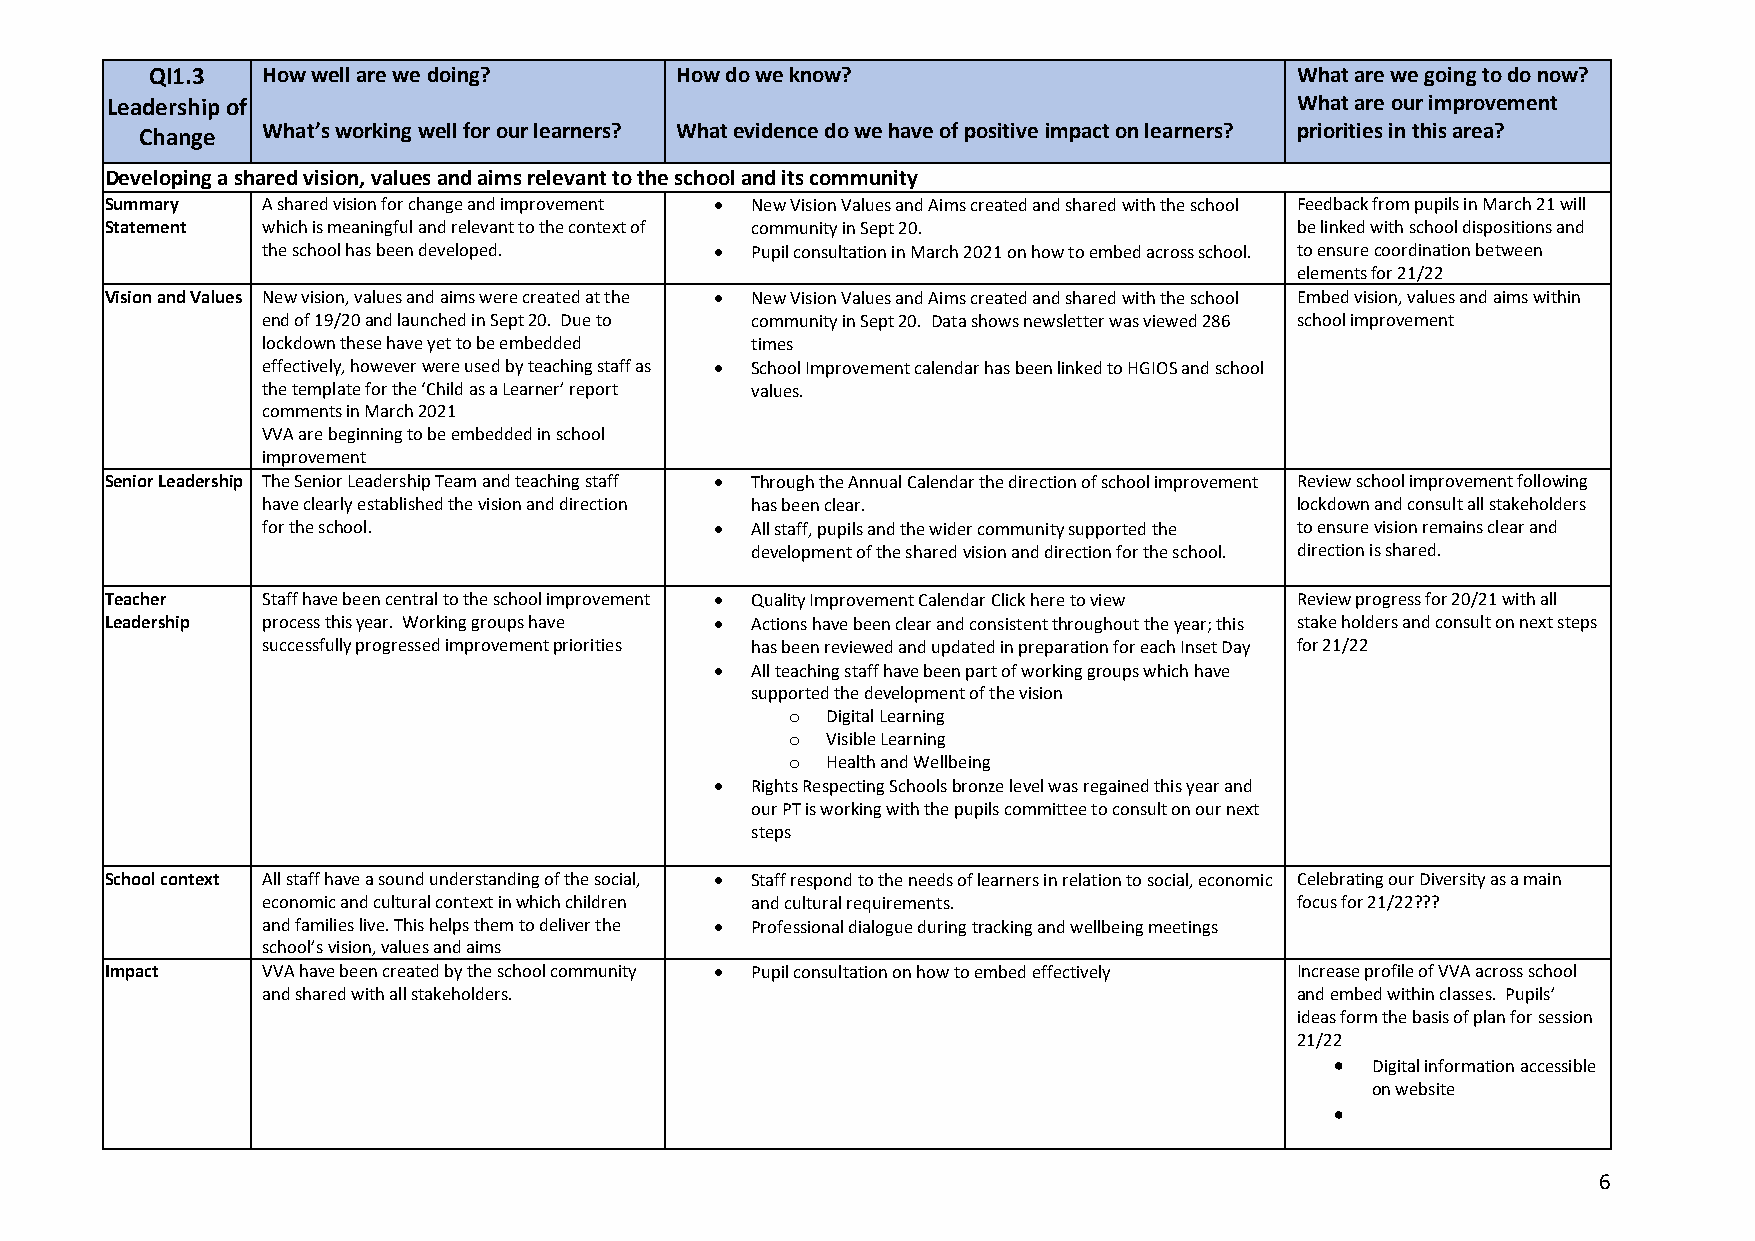
QI1.3  How well are we doing?      How do we know?                          What are we going to do now?
 Leadership of                                                                  What are our improvement
 Change  What’s working well for our learners? What evidence do we have of positive impact on learners? priorities in this area?
 Developing a shared vision, values and aims relevant to the school and its community
 Summary   A shared vision for change and improvement • New Vision Values and Aims created and shared with the school Feedback from pupils in March 21 will
 Statement which is meaningful and relevant to the context of community in Sept 20. be linked with school dispositions and
 the school has been developed. • Pupil consultation in March 2021 on how to embed across school. to ensure coordination between
 elements for 21/22
 Vision and Values New vision, values and aims were created at the • New Vision Values and Aims created and shared with the school Embed vision, values and aims within
 end of 19/20 and launched in Sept 20. Due to community in Sept 20. Data shows newsletter was viewed 286 school improvement
 lockdown these have yet to be embedded times
 effectively, however were used by teaching staff as • School Improvement calendar has been linked to HGIOS and school
 the template for the ‘Child as a Learner’ report values.
 comments in March 2021
 VVA are beginning to be embedded in school
 improvement
 Senior Leadership The Senior Leadership Team and teaching staff • Through the Annual Calendar the direction of school improvement Review school improvement following
 have clearly established the vision and direction has been clear.    lockdown and consult all stakeholders
 for the school.               •  All staff, pupils and the wider community supported the to ensure vision remains clear and
 development of the shared vision and direction for the school. direction is shared.
 Teacher   Staff have been central to the school improvement • Quality Improvement Calendar Click here to view Review progress for 20/21 with all
 Leadership process this year. Working groups have • Actions have been clear and consistent throughout the year; this stake holders and consult on next steps
 successfully progressed improvement priorities has been reviewed and updated in preparation for each Inset Day for 21/22
 •  All teaching staff have been part of working groups which have
 supported the development of the vision
 o  Digital Learning
 o  Visible Learning
 o  Health and Wellbeing
 •  Rights Respecting Schools bronze level was regained this year and
 our PT is working with the pupils committee to consult on our next
 steps
 School context All staff have a sound understanding of the social, • Staff respond to the needs of learners in relation to social, economic Celebrating our Diversity as a main
 economic and cultural context in which children and cultural requirements. focus for 21/22???
 and families live. This helps them to deliver the • Professional dialogue during tracking and wellbeing meetings
 school’s vision, values and aims
 Impact    VVA have been created by the school community • Pupil consultation on how to embed effectively Increase profile of VVA across school
 and shared with all stakeholders.                                    and embed within classes. Pupils’
 ideas form the basis of plan for session
 21/22
 •  Digital information accessible
 on website
 •
 6